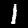
Digit: 1